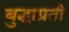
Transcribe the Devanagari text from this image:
बुद्धाप्रती